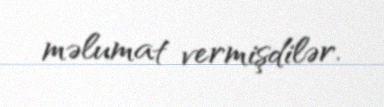
məlumat vermişdilər.